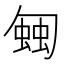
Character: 𧍀